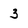
Character: 3